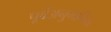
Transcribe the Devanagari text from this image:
पूर्वअनुमानित